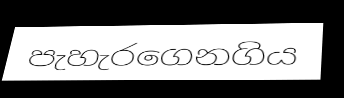
පැහැරගෙනගිය